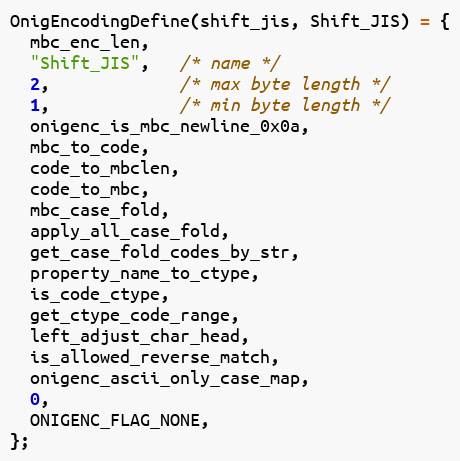
Language: C
OnigEncodingDefine(shift_jis, Shift_JIS) = {
  mbc_enc_len,
  "Shift_JIS",   /* name */
  2,             /* max byte length */
  1,             /* min byte length */
  onigenc_is_mbc_newline_0x0a,
  mbc_to_code,
  code_to_mbclen,
  code_to_mbc,
  mbc_case_fold,
  apply_all_case_fold,
  get_case_fold_codes_by_str,
  property_name_to_ctype,
  is_code_ctype,
  get_ctype_code_range,
  left_adjust_char_head,
  is_allowed_reverse_match,
  onigenc_ascii_only_case_map,
  0,
  ONIGENC_FLAG_NONE,
};